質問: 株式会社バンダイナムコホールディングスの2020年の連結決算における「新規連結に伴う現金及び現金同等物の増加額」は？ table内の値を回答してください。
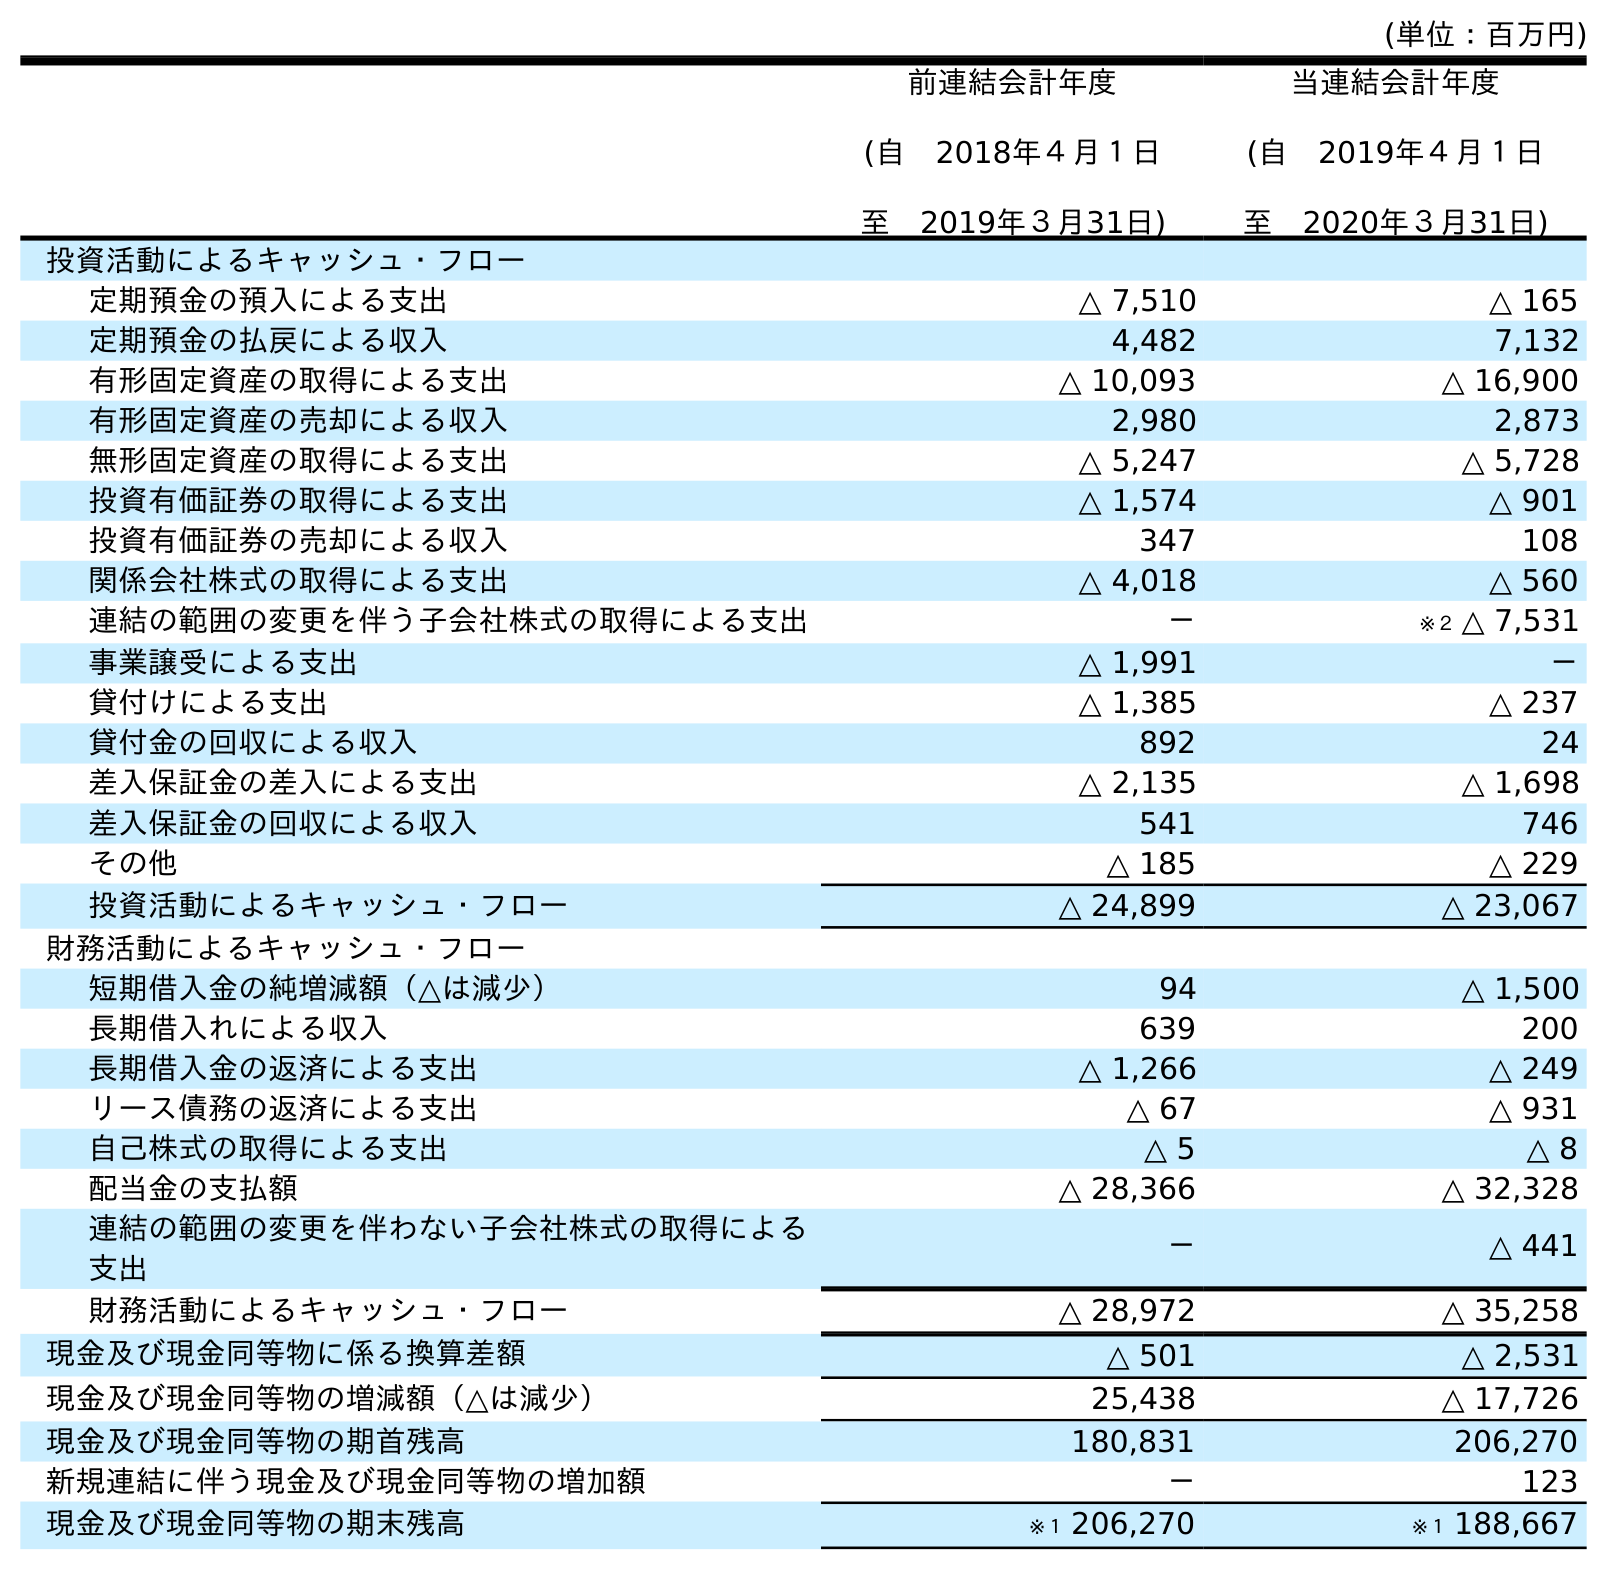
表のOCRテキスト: (単位：百万円) 前連結会計年度 (自 2018年４月１日 至 2019年３月31日) 当連結会計年度 (自 2019年４月１日 至 2020年３月31日) 投資活動によるキャッシュ・フロー 定期預金の預入による支出 △ 7,510 △ 165 定期預金の払戻による収入 4,482 7,132 有形固定資産の取得による支出 △ 10,093 △ 16,900 有形固定資産の売却による収入 2,980 2,873 無形固定資産の取得による支出 △ 5,247 △ 5,728 投資有価証券の取得による支出 △ 1,574 △ 901 投資有価証券の売却による収入 347 108 関係会社株式の取得による支出 △ 4,018 △ 560 連結の範囲の変更を伴う子会社株式の取得による支出 － ※２ △ 7,531 事業譲受による支出 △ 1,991 － 貸付けによる支出 △ 1,385 △ 237 貸付金の回収による収入 892 24 差入保証金の差入による支出 △ 2,135 △ 1,698 差入保証金の回収による収入 541 746 その他 △ 185 △ 229 投資活動によるキャッシュ・フロー △ 24,899 △ 23,067 財務活動によるキャッシュ・フロー 短期借入金の純増減額（△は減少） 94 △ 1,500 長期借入れによる収入 639 200 長期借入金の返済による支出 △ 1,266 △ 249 リース債務の返済による支出 △ 67 △ 931 自己株式の取得による支出 △ 5 △ 8 配当金の支払額 △ 28,366 △ 32,328 連結の範囲の変更を伴わない子会社株式の取得による 支出 － △ 441 財務活動によるキャッシュ・フロー △ 28,972 △ 35,258 現金及び現金同等物に係る換算差額 △ 501 △ 2,531 現金及び現金同等物の増減額（△は減少） 25,438 △ 17,726 現金及び現金同等物の期首残高 180,831 206,270 新規連結に伴う現金及び現金同等物の増加額 － 123 現金及び現金同等物の期末残高 ※１ 206,270 ※１ 188,667
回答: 123